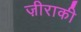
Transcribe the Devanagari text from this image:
ज़ीराकी